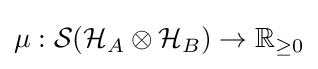
\mu :{\displaystyle {\mathcal {S}}({\mathcal {H}}_{A}\otimes {\mathcal {H}}_{B})}\to \mathbb {R} _{\geq 0}